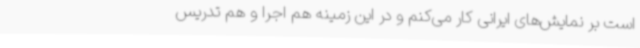
است بر نمایش‌های ایرانی کار می‌کنم و در این زمینه هم اجرا و هم تدریس